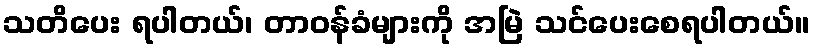
သတိပေး ရပါတယ်၊ တာဝန်ခံများကို အမြဲ သင်ပေးစေရပါတယ်။